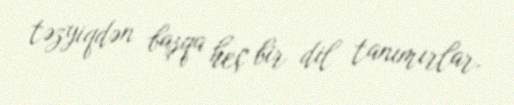
təzyiqdən başqa heç bir dil tanımırlar.